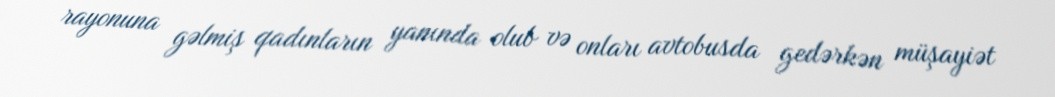
rayonuna gəlmiş qadınların yanında olub və onları avtobusda gedərkən müşayiət